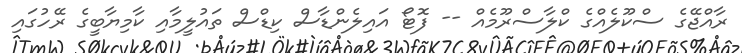
ރާއްޖޭގެ ސްކޫލެއްގެ ކްލާސްރޫމެއް -- ފޮޓޯ އައިލެންޑާސް ކިޑްސް ތައުލީމާއި ކާމިޔާބީގެ ރޭހުގައި